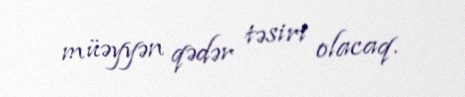
müəyyən qədər təsiri olacaq.